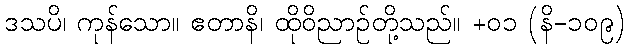
ဒသပိ၊ ကုန်သော။ ဧတာနိ၊ ထိုဝိညာဉ်တို့သည်။ +၀၁ (နိ-၁၀၉)